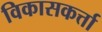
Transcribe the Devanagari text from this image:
विकासकर्त्ता